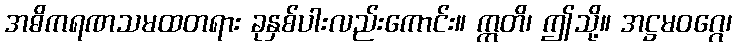
အဓိကရဏသမထတရား ခုနှစ်ပါးလည်းကောင်း။ ဣတိ၊ ဤသို့။ အဋ္ဌမဝဂ္ဂေ၊